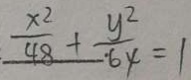
\frac { x ^ { 2 } } { 4 8 } + . \frac { y ^ { 2 } } { 6 4 } = 1